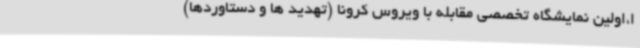
ا،اولین نمایشگاه تخصصی مقابله با ویروس کرونا (تهدید ها و دستاوردها)